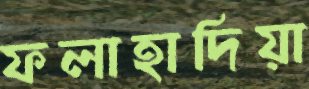
ফলাহাদিয়া